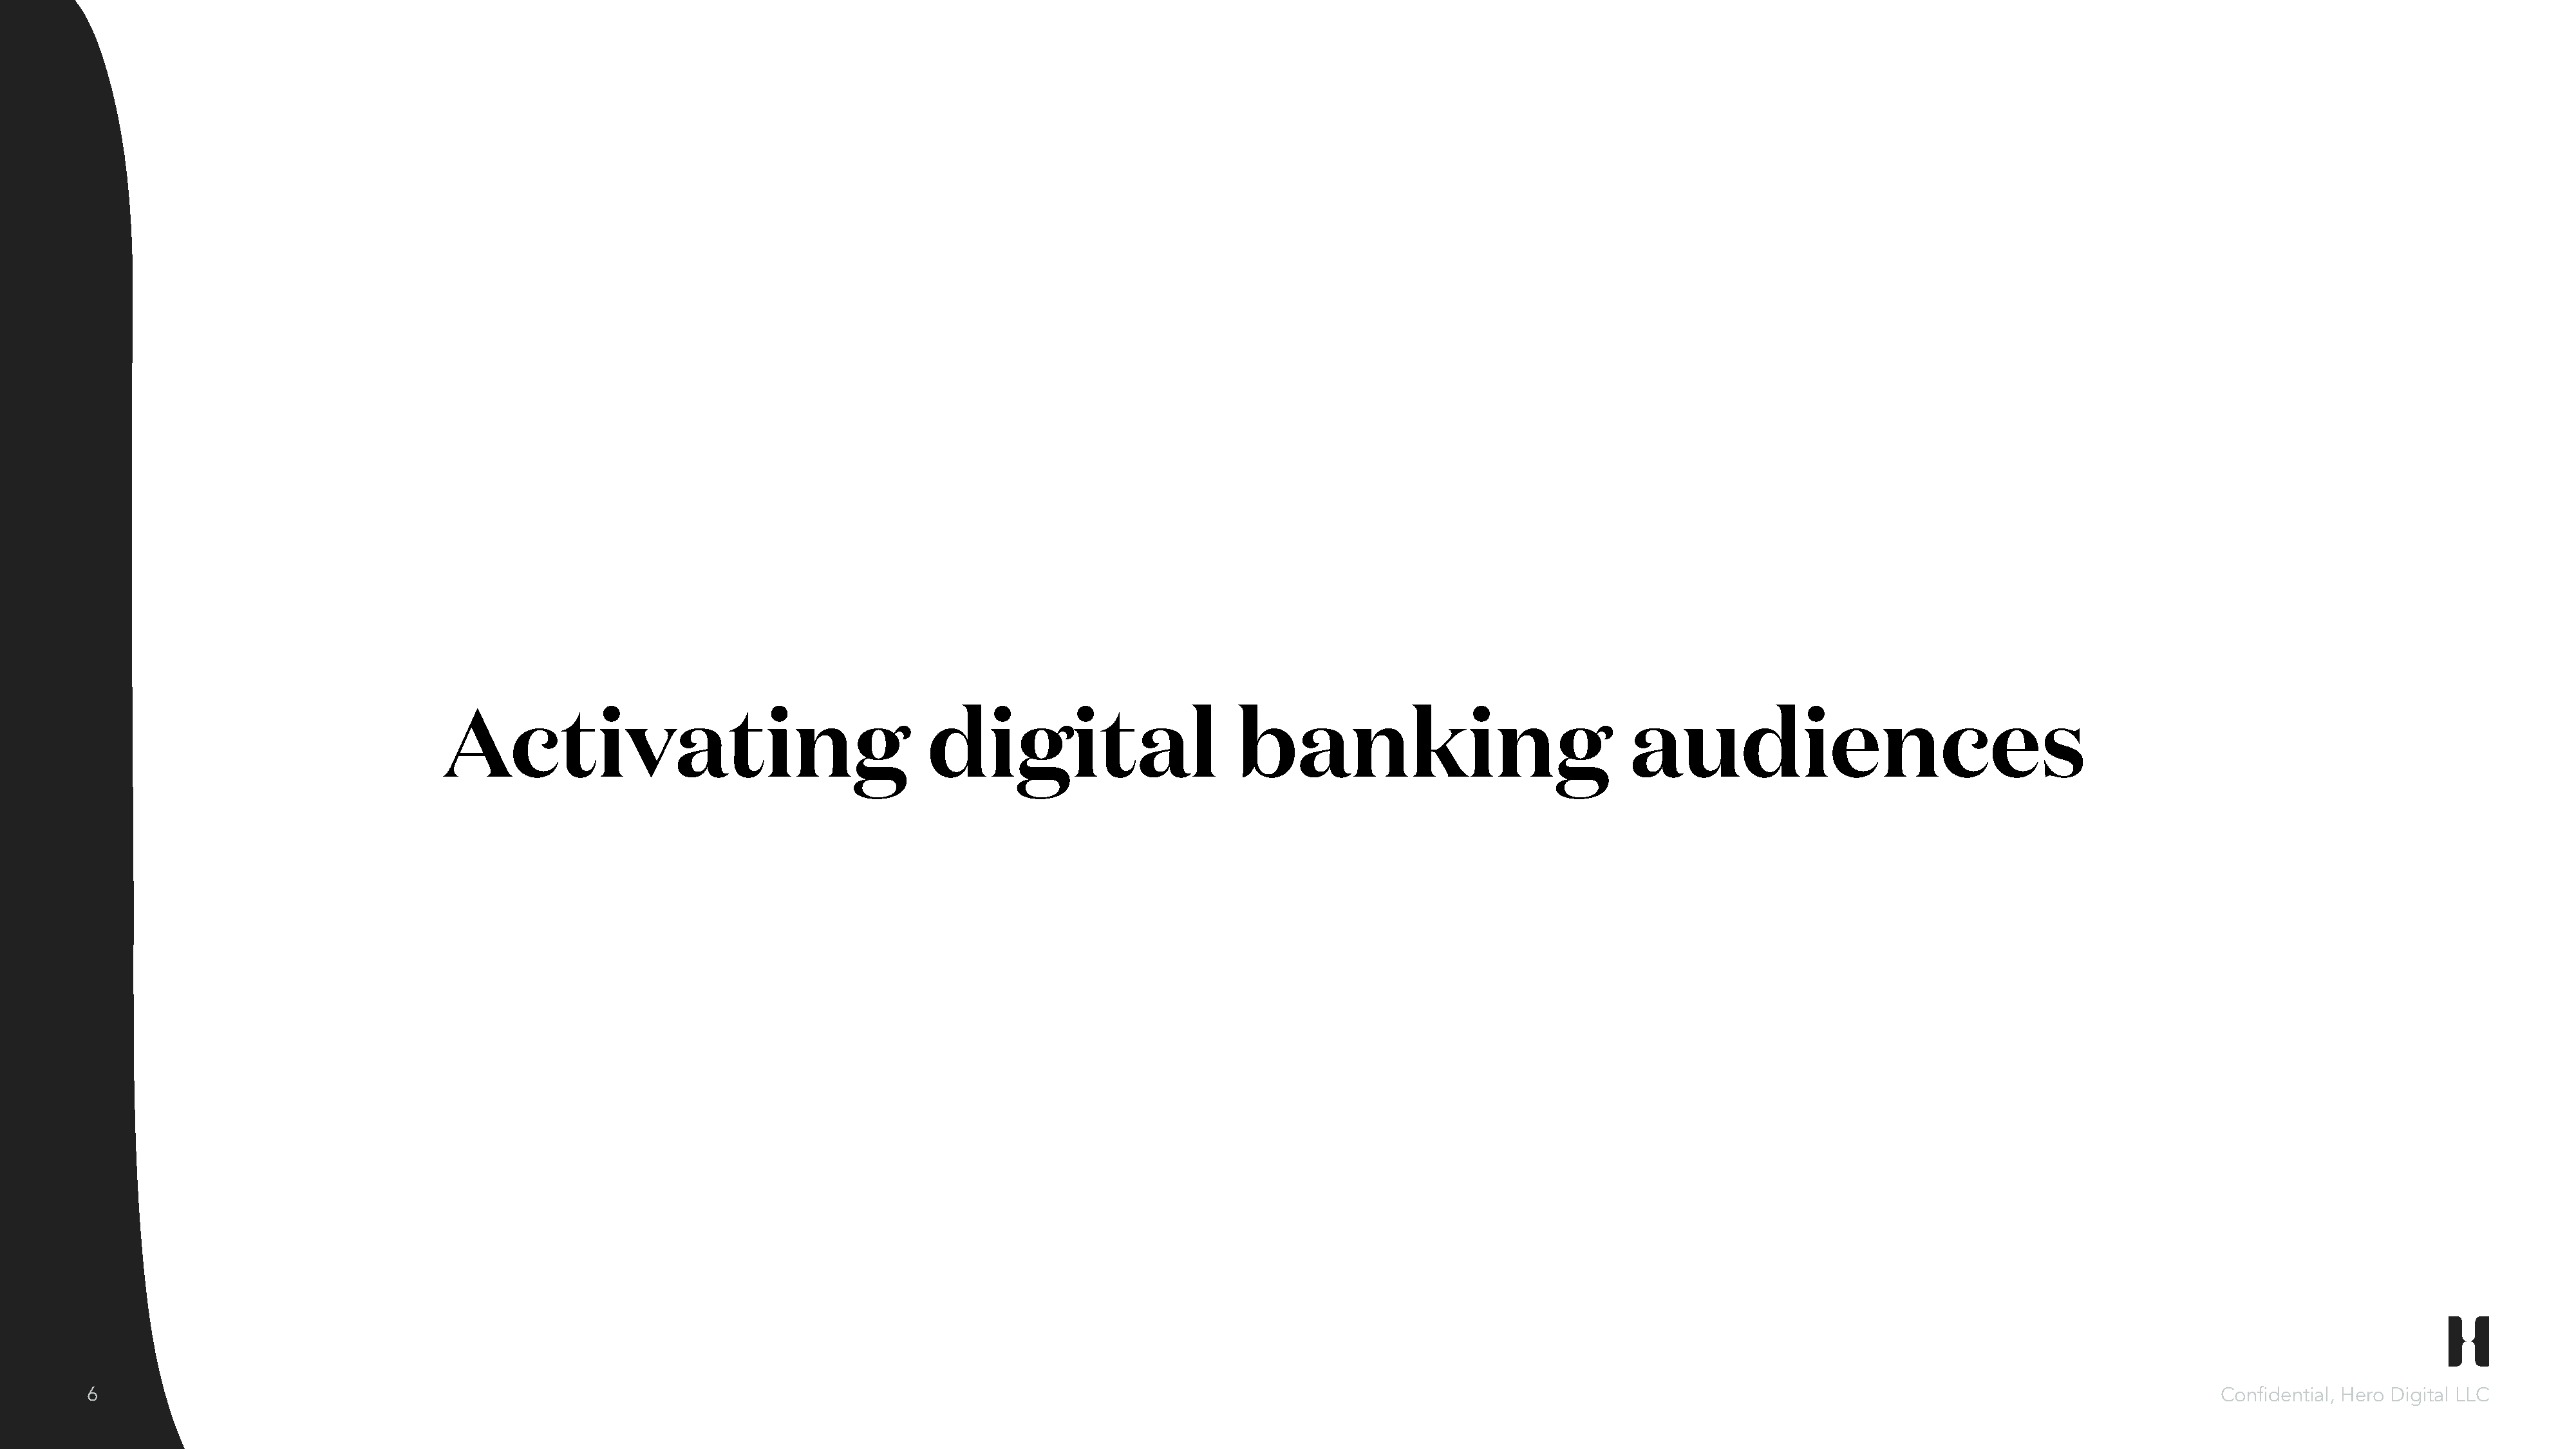
Activating                                       digital                         banking                                  audiences
 6                                                                                                                                                                                                                          Confidential, Hero Digital LLC